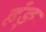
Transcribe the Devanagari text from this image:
हंङ्